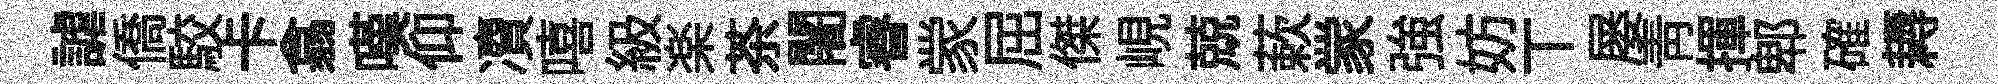
謔僑駮卡翕嘆仰凟嘻級楽茶闍睿䝉屈傑峴兢蔌䝉強妨丅屡靑揮郫確耨